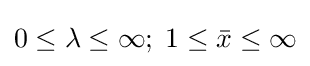
0\leq \lambda \leq \infty ;\;1\leq {\bar {x}}\leq \infty